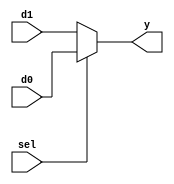
module mux2_1(
  input sel,d0,d1,
  output y);
  assign y= sel? d0 : d1;
endmodule